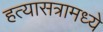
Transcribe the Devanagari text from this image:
हत्यासत्रामध्ये